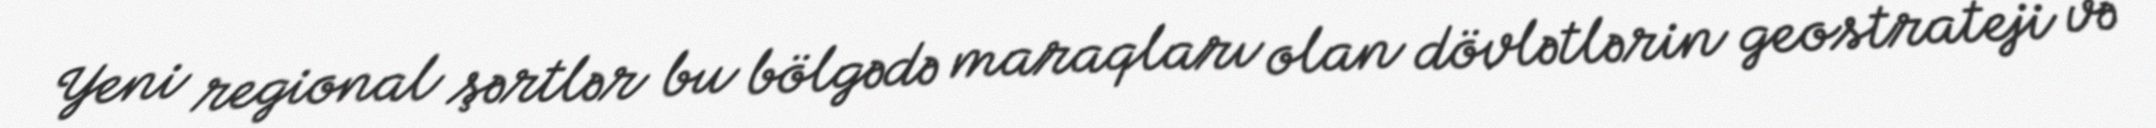
Yeni regional şərtlər bu bölgədə maraqları olan dövlətlərin geostrateji və